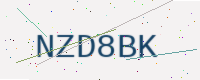
Text: NZD8BK